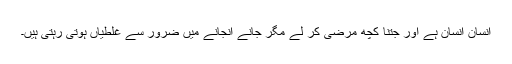
انسان انسان ہے اور جتنا کچھ مرضی کر لے مگر جانے انجانے میں ضرور سے غلطیاں ہوتی رہتی ہیں۔